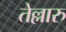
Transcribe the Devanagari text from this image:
तेल्लारु